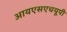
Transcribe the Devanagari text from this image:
आयएसएचयूपी